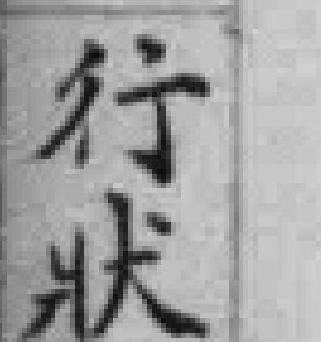
行狀